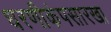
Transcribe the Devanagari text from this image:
धरणीकंपसारखा